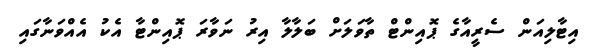
އިޓާލިއަން ސެރީއާގެ ޕޮއިންޓް ތާވަލަށް ބަލާލާ އިރު ނަވާރަ ޕޮއިންޓާ އެކު އެއްވަނާގައި